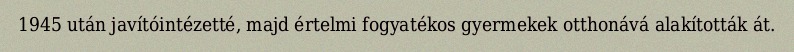
1945 után javítóintézetté, majd értelmi fogyatékos gyermekek otthonává alakították át.